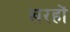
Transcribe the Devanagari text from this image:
खरहों